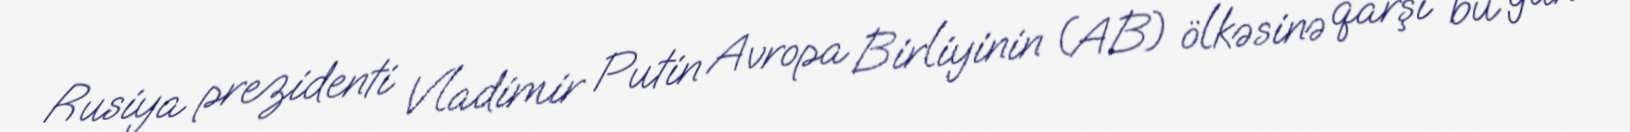
Rusiya prezidenti Vladimir Putin Avropa Birliyinin (AB) ölkəsinə qarşı bu gün